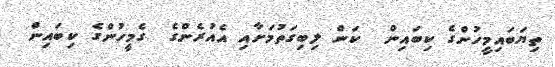
ތިޔަބައިމީހުންގެ ކިބައިން  ކަން ލިބިގަތުމަށާއި އެއުރެންގެ  ގެމީހުންގެ ކިބައިން